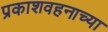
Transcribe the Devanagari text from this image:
प्रकाशवहनाच्या